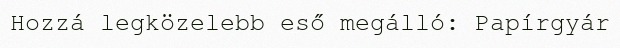
Hozzá legközelebb eső megálló: Papírgyár